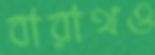
বারাথও